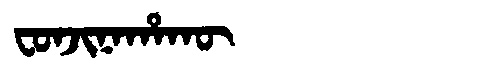
Manchu: ᠸᠣᠨᠵᡳᠨᠠᡥᠠᡴᡡ
Romanization: FONJINAHAKŪ